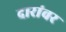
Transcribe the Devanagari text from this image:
दारांवर